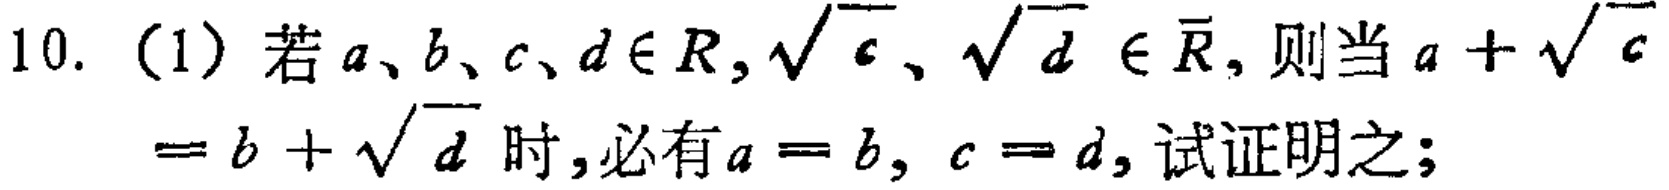
10. (1) 若\(a、b、c、d\in R,\sqrt{c}、\sqrt{d}\in \overline{R}\)，则当\(a + \sqrt{c}=b + \sqrt{d}\)时，必有\(a = b,\ c = d\)，试证明之；